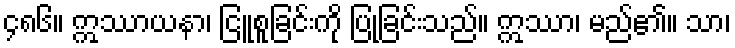
၄၈၆။ ဣဿာယနာ၊ ငြူစူခြင်းကို ပြုခြင်းသည်။ ဣဿာ၊ မည်၏။ သာ၊